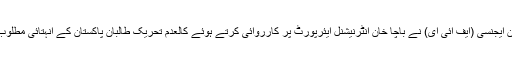
پیر 18 جون 2018 ء) فیڈرل انویسٹی گیشن ایجنسی (ایف آئی ای) نے باچا خان انٹرنیشنل ایئرپورٹ پر کارروائی کرتے ہوئے کالعدم تحریک طالبان پاکستان کے انہتائی مطلوب کمانڈر مولوی بہادر جان کو گرفتار کرلیا۔